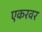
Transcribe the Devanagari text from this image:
एकरवर